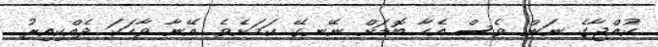
ކުއްޖާގެ ނަން ވެސް އެހާ ބޮޑަށް ނޭނގޭ ކަމަށެވެ. އޭނާ ވާހަކަ ދެއްކިއިރު